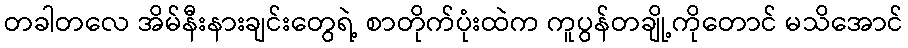
တခါတလေ အိမ်နီးနားချင်းတွေရဲ့ စာတိုက်ပုံးထဲက ကူပွန်တချို့ကိုတောင် မသိအောင်